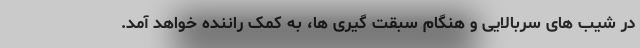
در شیب‌ های سربالایی و هنگام سبقت گیری ها، به کمک راننده خواهد آمد.